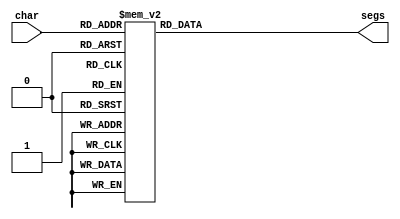
module seven_seg_6 (
    input [3:0] char,
    output reg [6:0] segs
  );
  
  
  
  always @* begin
    
    case (char)
      1'h0: begin
        segs = 7'h3f;
      end
      1'h1: begin
        segs = 7'h06;
      end
      2'h2: begin
        segs = 7'h5b;
      end
      2'h3: begin
        segs = 7'h73;
      end
      3'h4: begin
        segs = 7'h77;
      end
      3'h5: begin
        segs = 7'h6d;
      end
      3'h6: begin
        segs = 7'h71;
      end
      3'h7: begin
        segs = 7'h06;
      end
      4'h8: begin
        segs = 7'h38;
      end
      4'h9: begin
        segs = 7'h00;
      end
      default: begin
        segs = 7'h00;
      end
    endcase
  end
endmodule